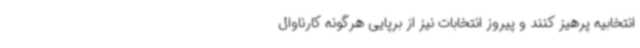
انتخابیه پرهیز کنند و پیروز انتخابات نیز از برپایی هرگونه کارناوال